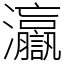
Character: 𤅗